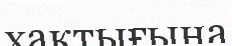
хақтығына